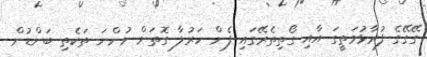
ގޭގޭގެ ފުރާޅުމަތީގަ އާއި ގޯތިތެރޭގައި ފެން ހަރުލާ ގޮތަށް ހުންނަ ތަކެތި ބަންޑުން